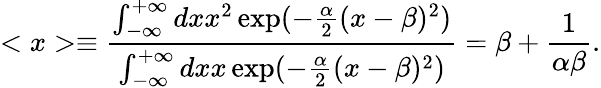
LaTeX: <x>\equiv\frac{\int_{-\infty}^{+\infty}dxx^{2}\exp(-\frac{\alpha}{2}(x-\beta)^{2})}{\int_{-\infty}^{+\infty}dxx\exp(-\frac{\alpha}{2}(x-\beta)^{2})}=\beta+\frac{1}{\alpha\beta}.